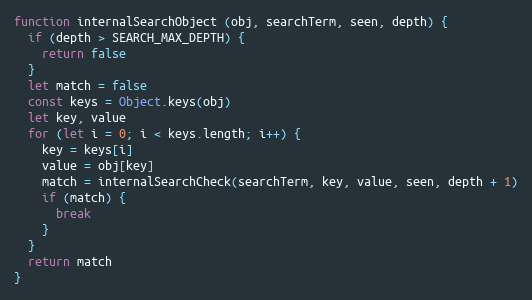
Language: JavaScript
function internalSearchObject (obj, searchTerm, seen, depth) {
  if (depth > SEARCH_MAX_DEPTH) {
    return false
  }
  let match = false
  const keys = Object.keys(obj)
  let key, value
  for (let i = 0; i < keys.length; i++) {
    key = keys[i]
    value = obj[key]
    match = internalSearchCheck(searchTerm, key, value, seen, depth + 1)
    if (match) {
      break
    }
  }
  return match
}